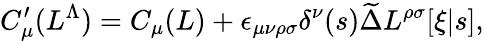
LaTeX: C_{\mu}^{\prime}(L^{\Lambda})=C_{\mu}(L)+\epsilon_{\mu\nu\rho\sigma}\delta^{\nu}(s)\widetilde\Delta L^{\rho\sigma}[\xi|s],